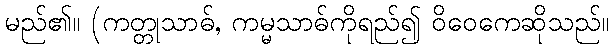
မည်၏။ (ကတ္တုသာဓ်, ကမ္မသာဓ်ကိုရည်၍ ဝိဝေကေဆိုသည်။